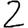
Digit: 2